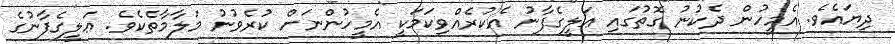
ދިޔައެވެ. އެމީހުން ދެކުނު ގޮތުގަައި ޢަލީގެފާނު އެކުރެއްވިކަމަކީ އެމީހުންނަށް ކުރެވުނު މަލާމާތެކެވެ. ޢަލީގެފާނުގެ